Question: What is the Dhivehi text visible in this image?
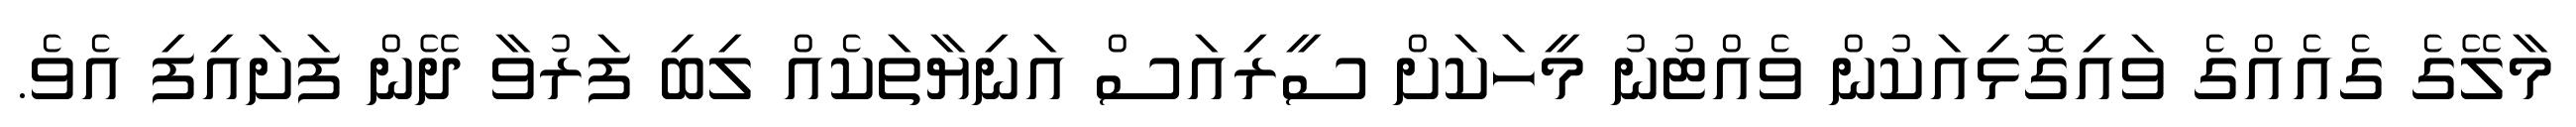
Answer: މާލޭގެ ގެއެއްގެ ވައިގޮޅިއަކުން ވެއްޓުނު މީހަކަށް ސީރިއަސް އަނިޔާތަކެއް ލިބި ފަރުވާ ދޭން ފަށައިފި އެވެ.